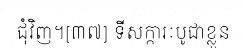
ជុំវិញ។[៣៧] ទីសក្ការៈបូជាខ្លួន